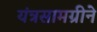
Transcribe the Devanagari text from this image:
यंत्रसामग्रीने